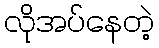
လိုအပ်နေတဲ့